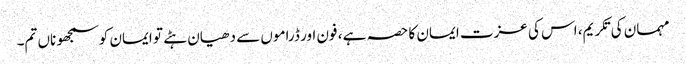
مہمان کی تکریم، اس کی عزت ایمان کا حصہ ہے ، فون اور ڈراموں سے دھیان ہٹے تو ایمان کو سمجھو ناں تم۔